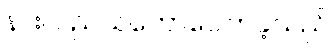
နားလည်သဘောပေါက်ခဲ့သည်